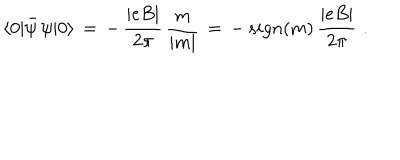
\langle 0 | \bar { \psi } \, \psi | 0 \rangle \, = \, - \, \frac { | e B | } { 2 \pi } \, \frac { m } { | m | } \, = \, - \, s i g n ( m ) \, \frac { | e B | } { 2 \pi } \, \, .